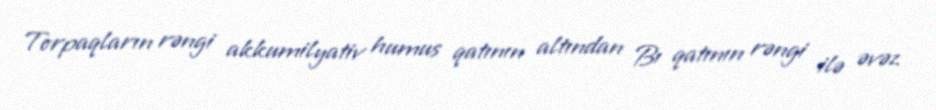
Torpaqların rəngi akkumilyativ humus qatının altından Bı qatının rəngi ilə əvəz